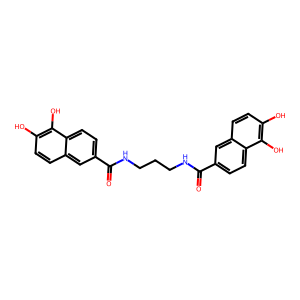
SMILES: O=C(NCCCNC(=O)c1ccc2c(O)c(O)ccc2c1)c1ccc2c(O)c(O)ccc2c1
Inhibits HIV replication: No